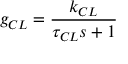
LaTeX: g _ { C L } = { \frac { k _ { C L } } { \tau _ { C L } s + 1 } }